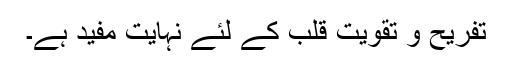
تفریح و تقویتِ قلب کے لئے نہایت مفید ہے۔